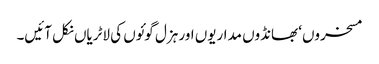
مسخروں‘ بھانڈوں مداریوں اور ہزل گوئوں کی لاٹریاں نکل آئیں۔